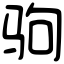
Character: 驹